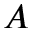
A